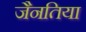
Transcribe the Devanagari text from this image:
जैनतिया